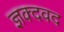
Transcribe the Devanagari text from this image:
ज्ञक्दवद